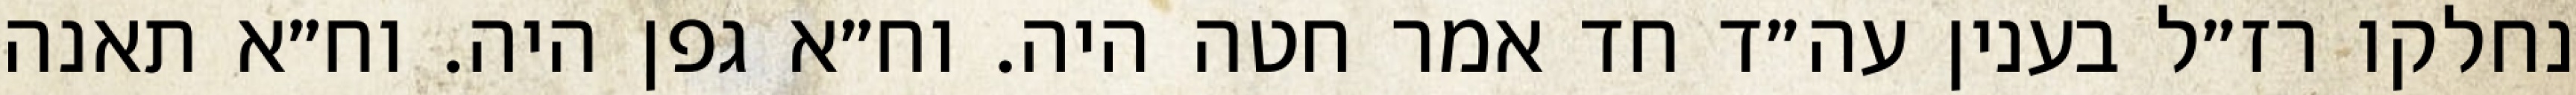
נחלקו רז״ל בענין עה״ד חד אמר חטה היה. וח״א גפן היה. וח״א תאנה